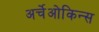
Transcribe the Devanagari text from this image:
अर्चेओकिन्स